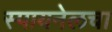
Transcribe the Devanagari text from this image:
स्पायनेलचा